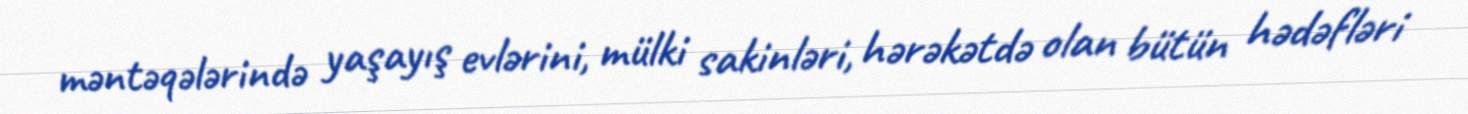
məntəqələrində yaşayış evlərini, mülki sakinləri, hərəkətdə olan bütün hədəfləri